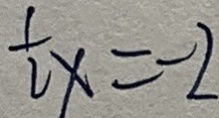
\frac { 1 } { 2 } x = - 2